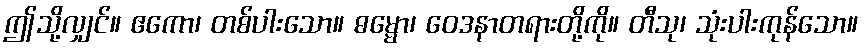
ဤသို့လျှင်။ ဧကော၊ တစ်ပါးသော။ ဓမ္မော၊ ဝေဒနာတရားတို့ကို။ တီသု၊ သုံးပါးကုန်သော။